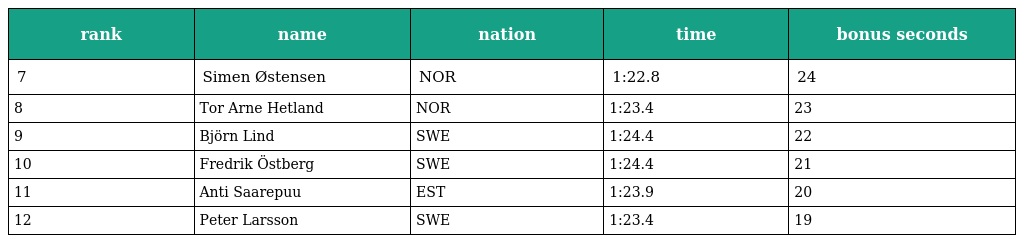
| rank | name | nation | time | bonus seconds |
 | --- | --- | --- | --- | --- |
 | 7 | Simen Østensen | NOR | 1:22.8 | 24 |
 | 8 | Tor Arne Hetland | NOR | 1:23.4 | 23 |
 | 9 | Björn Lind | SWE | 1:24.4 | 22 |
 | 10 | Fredrik Östberg | SWE | 1:24.4 | 21 |
 | 11 | Anti Saarepuu | EST | 1:23.9 | 20 |
 | 12 | Peter Larsson | SWE | 1:23.4 | 19 |